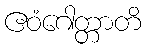
ဧဝံဂေါတ္တာတိ